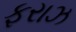
ફરાઝ